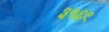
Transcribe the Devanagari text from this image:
३५६९